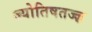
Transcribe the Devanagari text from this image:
ज्योतिषतज्ज्ञ